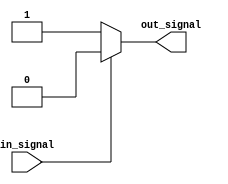
module multiple_if_else (
    input wire in_signal,
    output reg out_signal
);

always @(*) begin
    if (in_signal == 1'b0) begin
        out_signal = 1'b1;
    end else if (in_signal == 1'b1) begin
        out_signal = 1'b0;
    end else begin
        out_signal = 1'bx; // default output value
    end
end

endmodule